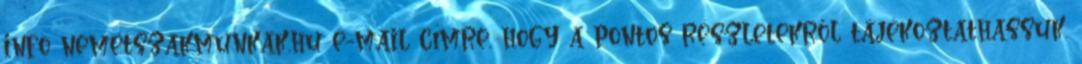
info nemetszakmunkak.hu e-mail címre, hogy a pontos részletekről tájékoztathassuk.